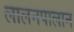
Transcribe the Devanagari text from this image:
लालनपालान